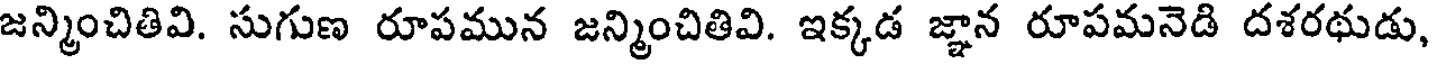
జన్మించితివి. సుగుణ రూపమున జన్మించితివి. ఇక్కడ జ్ఞాన రూపమనెడి దశరథుడు,